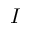
I